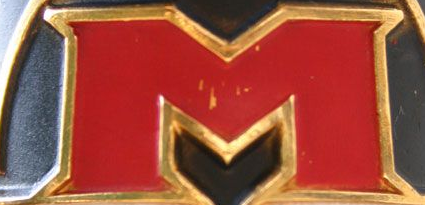
M